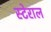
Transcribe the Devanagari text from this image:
स्टेराल